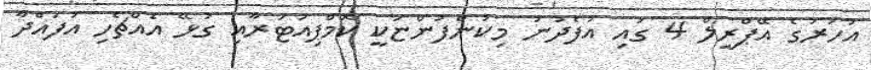
އަހަރުގެ އޭޕްރީލް 4 ގައި އުފެދުނު މިކުންފުންޏަކީ ކޮމްޕިއުޓަރާއި ގުޅޭ އެއްޗެހި އުފައްދާ